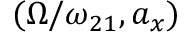
( \Omega / \omega _ { 2 1 } , a _ { x } )